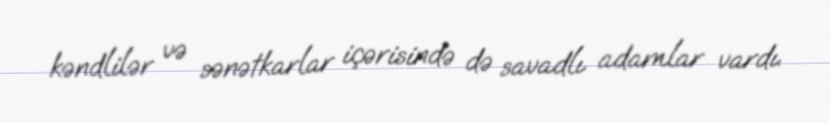
kəndlilər və sənətkarlar içərisində də savadlı adamlar vardı.